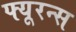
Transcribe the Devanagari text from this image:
फ्यूरन्स